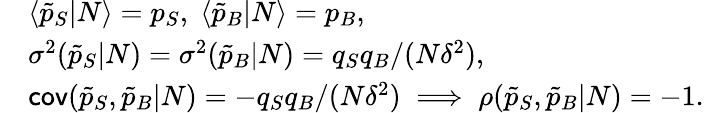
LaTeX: \begin{array}{rl}&{\langle\tilde{p}_{S}|N\rangle=p_{S},\; \langle\tilde{p}_{B}|N\rangle=p_{B},}\\ &{\sigma^{2}(\tilde{p}_{S}|N)=\sigma^{2}(\tilde{p}_{B}|N)=q_{S}q_{B}/(N\delta^{2}),}\\ &{\textsf{cov}(\tilde{p}_{S},\tilde{p}_{B}|N)=-q_{S}q_{B}/(N\delta^{2})\; \Longrightarrow\; \rho(\tilde{p}_{S},\tilde{p}_{B}|N)=-1.}\end{array}